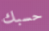
حسبك